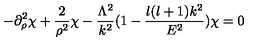
- \partial _ { \rho } ^ { 2 } \chi + \frac { 2 } { \rho ^ { 2 } } \chi - \frac { \Lambda ^ { 2 } } { k ^ { 2 } } ( 1 - \frac { l ( l + 1 ) k ^ { 2 } } { E ^ { 2 } } ) \chi = 0